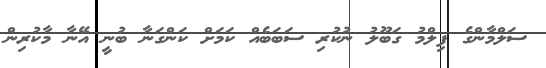
ސަލްމާންގެ ފިލްމު ގަބޫލު ނުކުރި ސަބަބެއް ކަމަށް ކަންގަނާ ބުނީ އޭނާ މާކުރިން